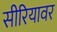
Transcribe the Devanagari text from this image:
सीरियावर